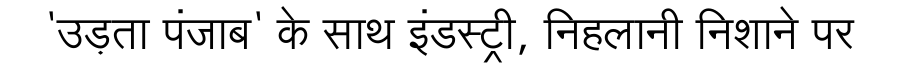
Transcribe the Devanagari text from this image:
'उड़ता पंजाब' के साथ इंडस्ट्री, निहलानी निशाने पर